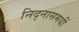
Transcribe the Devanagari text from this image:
निद्नासमयीं